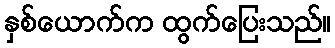
နှစ်ယောက်က ထွက်ပြေးသည်။